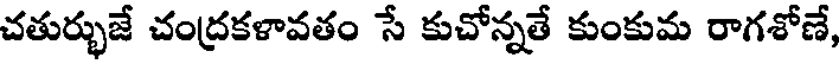
చతుర్భుజే చంద్రకళావతం సే కుచోన్నతే కుంకుమ రాగశోణే,